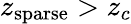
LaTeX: z_{\mathrm{sparse}}>z_{c}